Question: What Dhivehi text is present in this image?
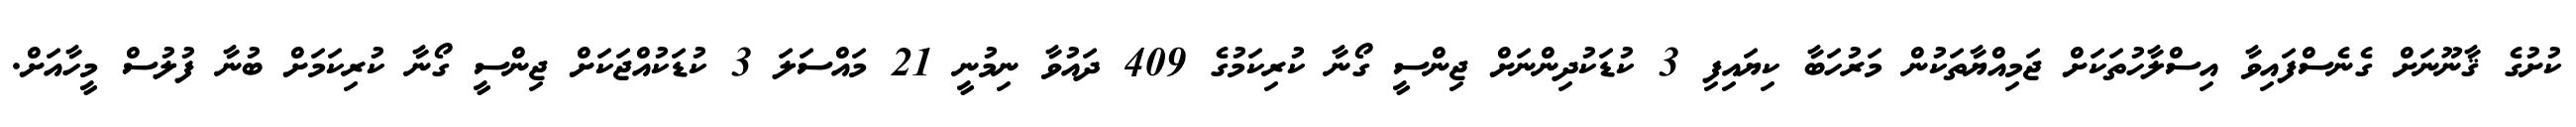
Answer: ކުށުގެ ޤާނޫނަށް ގެނެސްފައިވާ އިސްލާހުތަކަށް ޖަމިއްޔާތަކުން މަރުހަބާ ކިޔައިފި 3 ކުޑަކުދިންނަށް ޖިންސީ ގޯނާ ކުރިކަމުގެ 409 ދައުވާ ނިމުނީ 21 މައްސަލަ 3 ކުޑަކުއްޖަކަށް ޖިންސީ ގޯނާ ކުރިކަމަށް ބުނާ ފުލުސް މީހާއަށް.